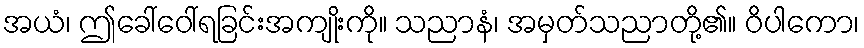
အယံ၊ ဤခေါ်ဝေါ်ရခြင်းအကျိုးကို။ သညာနံ၊ အမှတ်သညာတို့၏။ ဝိပါကော၊